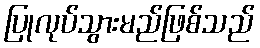
ပြုလုပ်သွားမည်ဖြစ်သည်